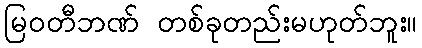
မြဝတီဘဏ် တစ်ခုတည်းမဟုတ်ဘူး။